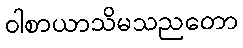
ဝါစာယာသိမသညတော